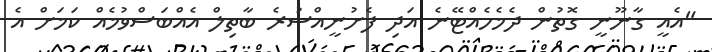
"އެއީ ގާނޫނީ ގޮތުން ދެމެހެއްޓޭނެ އަދި ފެށުނީއްސުރެ ބާތިލް އެއްބަސްވުމެއް ކަމަށް އެ